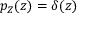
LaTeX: p _ { Z } ( z ) = \delta ( z )